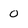
Character: 0